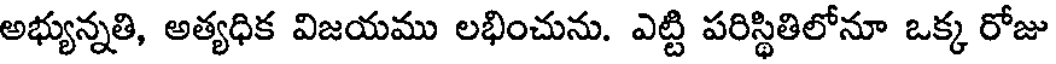
అభ్యున్నతి, అత్యధిక విజయము లభించును. ఎట్టి పరిస్థితిలోనూ ఒక్క రోజు